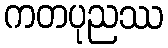
ကတပုညဿ